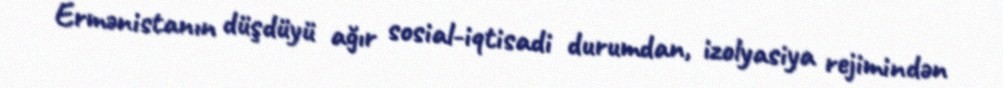
Ermənistanın düşdüyü ağır sosial-iqtisadi durumdan, izolyasiya rejimindən